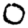
Digit: 0